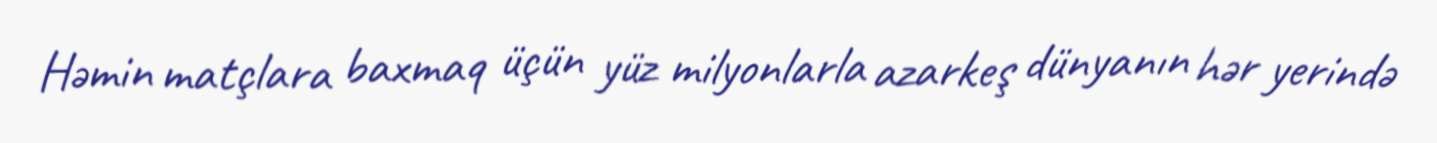
Həmin matçlara baxmaq üçün yüz milyonlarla azarkeş dünyanın hər yerində